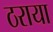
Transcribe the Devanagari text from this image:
ठराया